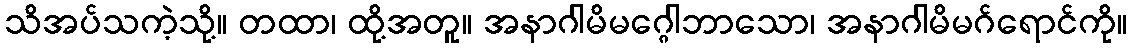
သိအပ်သကဲ့သို့။ တထာ၊ ထို့အတူ။ အနာဂါမိမဂ္ဂေါဘာသော၊ အနာဂါမိမဂ်ရောင်ကို။